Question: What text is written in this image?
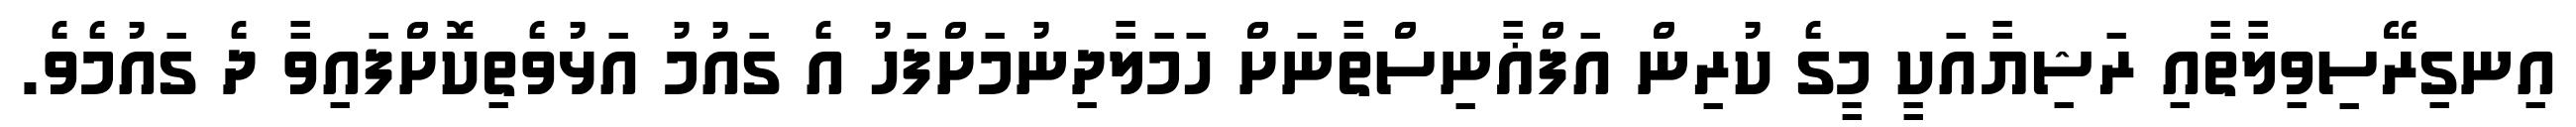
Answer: އިނގިރޭސިވިލާތާއި ރަޝިޔާއަކީ މީގެ ކުރިން އަފްޣާނިސްތާނަށް ހަމަލާދިނުމަށްފަހު އެ ގައުމު އަޅުވެތިކޮށްފައިވާ ދެ ގައުމެވެ.